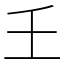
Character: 𡈼